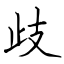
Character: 歧